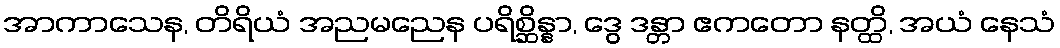
အာကာသေန, တိရိယံ အညမညေန ပရိစ္ဆိန္နာ, ဒွေ ဒန္တာ ဧကတော နတ္ထိ, အယံ နေသံ